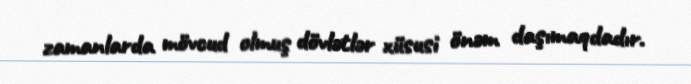
zamanlarda mövcud olmuş dövlətlər xüsusi önəm daşımaqdadır.